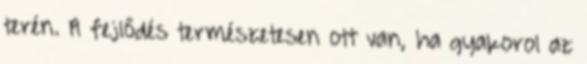
terén. A fejlődés természetesen ott van, ha gyakorol az